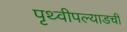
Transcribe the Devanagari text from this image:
पृथ्वीपल्याडची